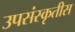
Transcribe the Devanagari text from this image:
उपसंस्कृतीस